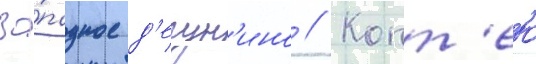
За́падное д'егун'ино // Копт'ево